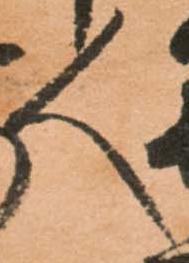
人